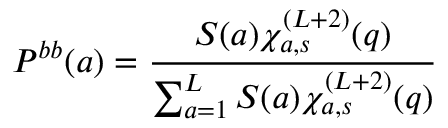
P ^ { b b } ( a ) = \frac { S ( a ) \chi _ { a , s } ^ { ( L + 2 ) } ( q ) } { \sum _ { a = 1 } ^ { L } S ( a ) \chi _ { a , s } ^ { ( L + 2 ) } ( q ) }